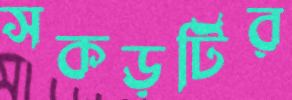
সকড়টির